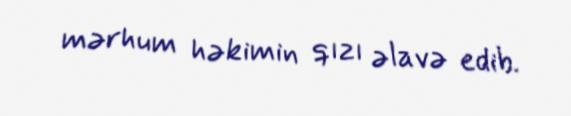
mərhum həkimin qızı əlavə edib.